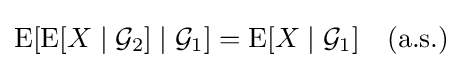
\operatorname {E} [\operatorname {E} [X\mid {\mathcal {G}}_{2}]\mid {\mathcal {G}}_{1}]=\operatorname {E} [X\mid {\mathcal {G}}_{1}]\quad {\text{(a.s.)}}